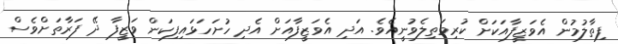
ފިތާލުމުން އެވަޒީފާއަކަށް ކުރިމަތިލެވުނީއެވެ. އަދި އެވަޒީފާއަށް އެދި ހުށަހަޅައިފިކަން ވަޒީފާ ދޭ ފަރާތަށްވެސް